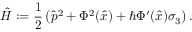
\hat { H } : = \frac { 1 } { 2 } \left( \hat { p } ^ { 2 } + \Phi ^ { 2 } ( \hat { x } ) + \hbar \Phi ^ { \prime } ( \hat { x } ) \sigma _ { 3 } \right) .